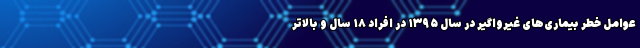
عوامل خطر بیماری‌های غیرواگیر در سال ۱۳۹۵ در افراد ۱۸ سال و بالاتر